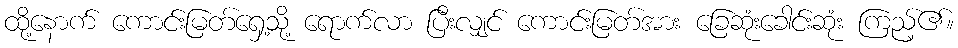
ထို့နောက် ကောင်းမြတ်ရှေ့သို့ ရောက်လာ ပြီးလျှင် ကောင်းမြတ်အား ခြေဆုံးခေါင်းဆုံး ကြည့်၏။